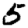
Digit: 5